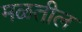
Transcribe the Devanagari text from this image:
मळतील